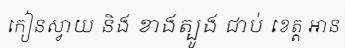
កៀនស្វាយ និង ខាងត្បូង ជាប់ ខេត្ត អាន